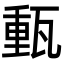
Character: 𤭮